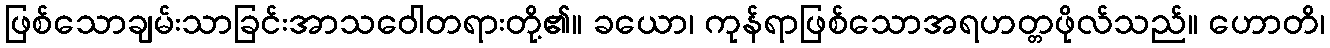
ဖြစ်သောချမ်းသာခြင်းအာသဝေါတရားတို့၏။ ခယော၊ ကုန်ရာဖြစ်သောအရဟတ္တဖိုလ်သည်။ ဟောတိ၊